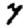
Digit: 7